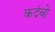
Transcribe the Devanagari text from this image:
कदंबो